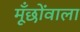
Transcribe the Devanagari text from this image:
मूँछोंवाला